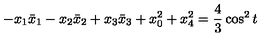
- x _ { 1 } \bar { x } _ { 1 } - x _ { 2 } \bar { x } _ { 2 } + x _ { 3 } \bar { x } _ { 3 } + x _ { 0 } ^ { 2 } + x _ { 4 } ^ { 2 } = \frac { 4 } { 3 } \cos ^ { 2 } t